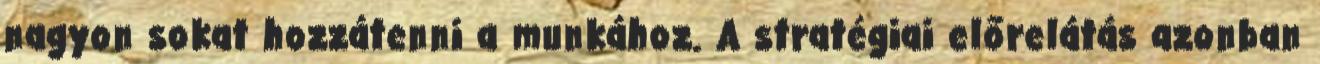
nagyon sokat hozzátenni a munkához. A stratégiai előrelátás azonban